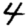
Digit: 4